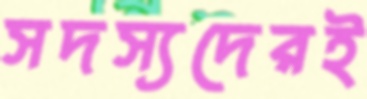
সদস্যদেরই